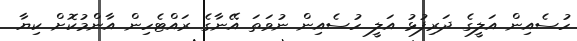
ހުސެއިން އަލީގެ ދަރިފުޅު އަލީ ހުސެއިން ނުވަތަ އޭނާގެ ރައްޓެހިން އާންމުކޮށް ކިޔާ